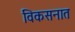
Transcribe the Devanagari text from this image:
विकसनात